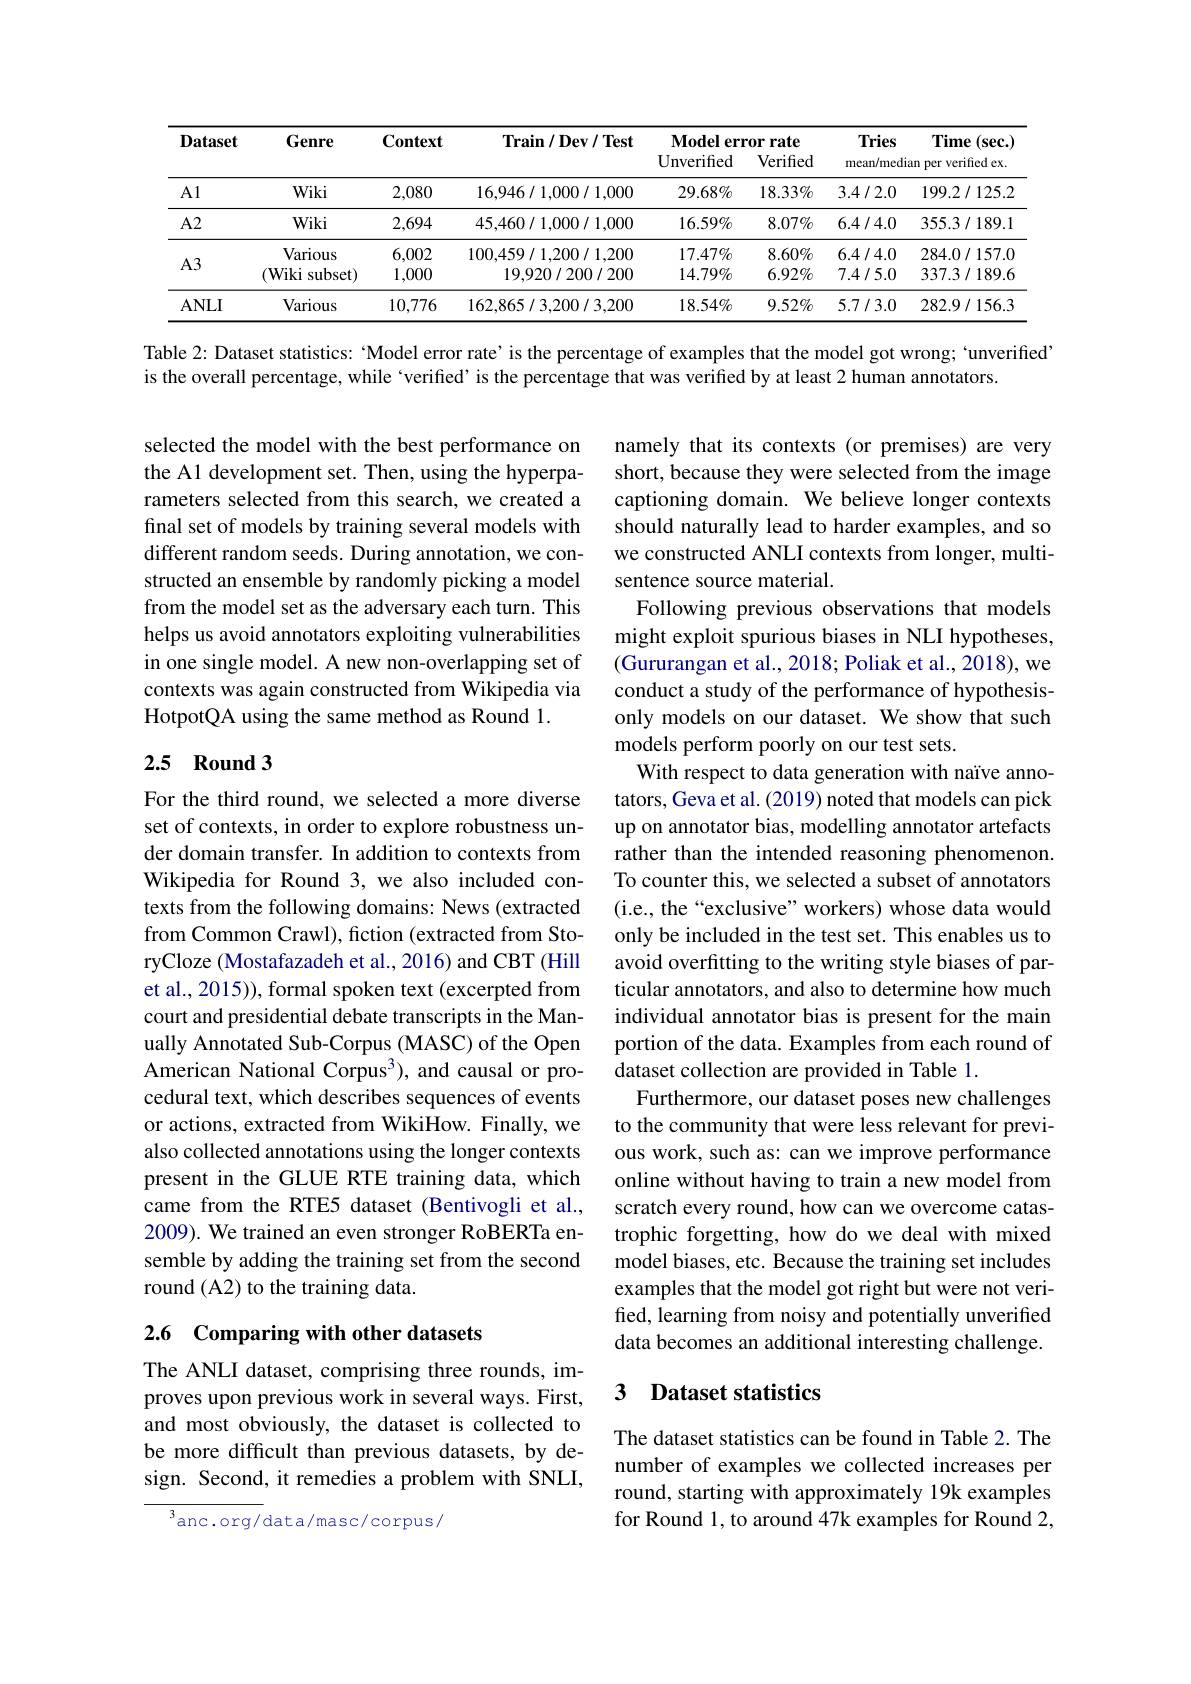
<table>
	<tbody>
		<tr>
			<th rowspan="2">$\mathbf{Dataset}$</th>
			<th rowspan="2">Genre</th>
			<th rowspan="2">$\mathbf{Context}$</th>
			<th rowspan="2">$\mathbf{Train/Dev/Test}$</th>
			<th colspan="2">$\mathbf{Modele}$ error rate</th>
			<th>Tries</th>
			<th>Time $(\mathbf{sec}.$</th>
		</tr>
		<tr>
			<th>${\mathrm{Unverified}}$</th>
			<th>Verified</th>
			<th colspan="2">mean/median per verified ex.</th>
		</tr>
		<tr>
			<td>Al</td>
			<td>Wiki</td>
			<td>2,080</td>
			<td>16,946/1,000/1,000</td>
			<td>$29.68\%$</td>
			<td>$18.33\%$</td>
			<td>3.4/2.0</td>
			<td>199.2/125.2</td>
		</tr>
		<tr>
			<td>$A2$</td>
			<td>Wiki</td>
			<td>2,694</td>
			<td>45,460/1,000/1,000</td>
			<td>$16.59\%$</td>
			<td>$8.07\%$</td>
			<td>6.4/4.0</td>
			<td>355.3/189.1</td>
		</tr>
		<tr>
			<td rowspan="2">$A3$</td>
			<td>Various</td>
			<td>6,002</td>
			<td>100,459/1,200/1,200</td>
			<td>$17.47\%$</td>
			<td>$8.60\%$</td>
			<td>6.4/4.0</td>
			<td>284.0/157.0</td>
		</tr>
		<tr>
			<td>$(\mathbf{Wiki}$ i subset)</td>
			<td>1,000</td>
			<td>19,920/200/200</td>
			<td>$14.79\%$</td>
			<td>$6.92\%$</td>
			<td>7.4/5.0</td>
			<td>337.3/189.6</td>
		</tr>
		<tr>
			<td>$ANLI$</td>
			<td>Various</td>
			<td>10,776</td>
			<td>162,865/3,200/3,200</td>
			<td>$18.54\%$</td>
			<td>$9.52\%$</td>
			<td>5.7/3.0</td>
			<td>282.9/156.3</td>
		</tr>
	</tbody>
</table>

Table 2: Dataset statistics: "Model error rate’is the percentage of examples that the model got wrong; `unverified’

is the overall percentage, while `verified’ is the percentage that was verified by at least 2 human annotators.

selected the model with the best performance on the A1 development set. Then, using the hyperparameters selected from this search, we created a final set of models by training several models with different random seeds. During annotation, we constructed an ensemble by randomly picking a model from the model set as the adversary each turn. This helps us avoid annotators exploiting vulnerabilities in one single model. A new non-overlapping set of contexts was again constructed from Wikipedia via HotpotQA using the same method as Round 1.

## 2.5 Round 3

namely that its contexts (or premises) are very short, because they were selected from the image captioning domain. We believe longer contexts should naturally lead to harder examples, and so we constructed ANLI contexts from longer, multisentence source material.
Following previous observations that models might exploit spurious biases in NLI hypotheses, (Gururangan et al., 2018; Poliak et al., 2018), we conduct a study of the performance of hypothesisonly models on our dataset. We show that such models perform poorly on our test sets.
With respect to data generation with naïve annotators, Geva et al. (2019) noted that models can pick up on annotator bias, modelling annotator artefacts rather than the intended reasoning phenomenon. To counter this, we selected a subset of annotators (i.e., the“exclusive” workers) whose data would only be included in the test set. This enables us to avoid overfitting to the writing style biases of particular annotators, and also to determine how much individual annotator bias is present for the main portion of the data. Examples from each round of dataset collection are provided in Table 1.
Furthermore, our dataset poses new challenges to the community that were less relevant for previous work, such as: can we improve performance online without having to train a new model from scratch every round, how can we overcome catastrophic forgetting, how do we deal with mixed model biases, etc. Because the training set includes examples that the model got right but were not verified, learning from noisy and potentially unverified data becomes an additional interesting challenge.

For the third round, we selected a more diverse set of contexts, in order to explore robustness under domain transfer. In addition to contexts from Wikipedia for Round 3, we also included contexts from the following domains: News (extracted from Common Crawl), fiction (extracted from StoryCloze (Mostafazadeh et al., 2016) and CBT (Hill et al., 2015)), formal spoken text (excerpted from court and presidential debate transcripts in the Manually Annotated Sub-Corpus (MASC) of the Open American National Corpus$^{3}$), and causal or procedural text, which describes sequences of events or actions, extracted from WikiHow. Finally, we also collected annotations using the longer contexts present in the GLUE RTE training data, which came from the RTE5 dataset (Bentivogli et al., 2009). We trained an even stronger RoBERTa ensemble by adding the training set from the second round (A2) to the training data.

# 2.6 Comparing with other datasets

### 3 $\textbf{Dataset statistics}$

The ANLI dataset, comprising three rounds, improves upon previous work in several ways. First, and most obviously, the dataset is collected to be more difficult than previous datasets, by design. Second, it remedies a problem with SNLI,

The dataset statistics can be found in Table 2. The number of examples we collected increases per round, starting with approximately 19k examples for Round 1, to around 47k examples for Round 2,

$^{3}$anc.org/data/masc/corpus/